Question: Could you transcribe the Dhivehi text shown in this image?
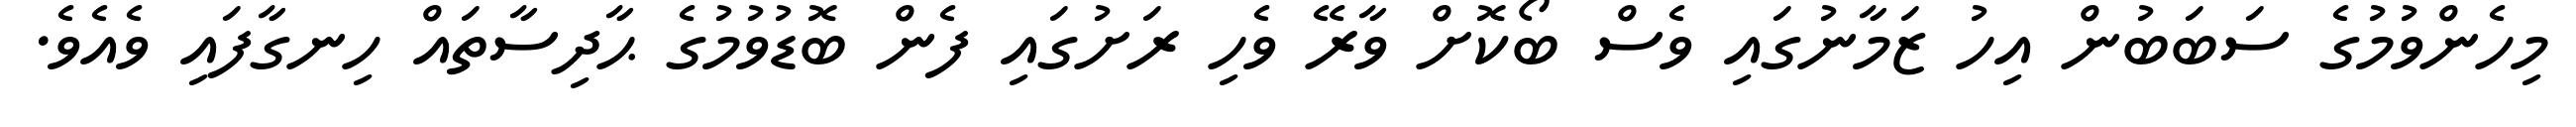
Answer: މިހެންވުމުގެ ސަބަބުން އިހު ޒަމާނުގައި ވެސް ބޯކޮށް ވާރޭ ވެހި ރަށުގައި ފެން ބޮޑުވުމުގެ ޙާދިސާތައް ހިނގާފައި ވެއެވެ.